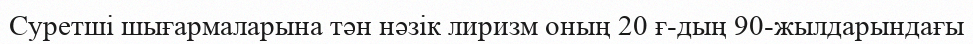
Суретші шығармаларына тән нәзік лиризм оның 20 ғ-дың 90-жылдарындағы